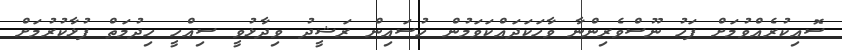
ސޮއިކުރެއްވުމަށް ފަހު ނޫސްވެރިންނާ ވާހަކަދައްކަވަމުން ހުސައިން ރަޝީދު ވިދާޅުވީ ސިއްހީ ހިދުމަތް ފުޅާކުރުމަށް